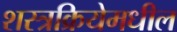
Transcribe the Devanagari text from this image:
शस्त्रक्रियेमधील